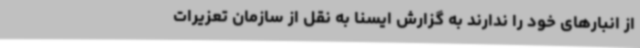
از انبارهای خود را ندارند به گزارش ایسنا به نقل از سازمان تعزیرات